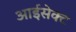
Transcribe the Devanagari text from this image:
आईसेक्ट